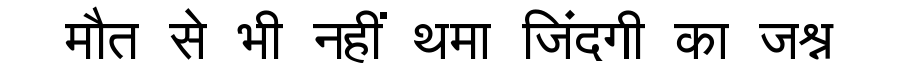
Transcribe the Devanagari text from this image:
मौत से भी नहीं थमा जिंदगी का जश्न